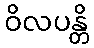
ဝိလပန္တိ